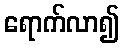
ရောက်လာ၍